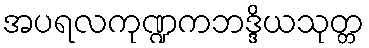
အပရလကုဏ္ဍကဘဒ္ဒိယသုတ္တ